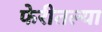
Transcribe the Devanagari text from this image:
फेरीतल्या